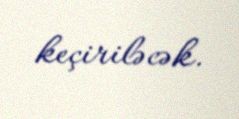
keçiriləcək.